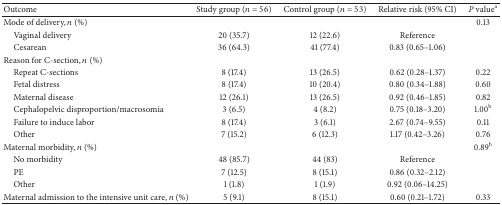
<table><thead><tr><td><b>Outcome</b></td><td><b> Study group (<i>n</i> = 56) </b></td><td><b>Control group (<i>n</i> = 53) </b></td><td><b>Relative risk (95% CI)</b></td><td><b><i>P</i> value<sup>a</sup></b></td></tr></thead><tbody><tr><td>Mode of delivery, <i>n</i> (%)</td><td> </td><td> </td><td> </td><td>0.13</td></tr><tr><td> Vaginal delivery</td><td>20 (35.7)</td><td>12 (22.6)</td><td>Reference</td><td> </td></tr><tr><td> Cesarean</td><td>36 (64.3)</td><td>41 (77.4)</td><td>0.83 (0.65–1.06)</td><td> </td></tr><tr><td>Reason for C-section, <i>n</i> (%)</td><td> </td><td> </td><td> </td><td> </td></tr><tr><td> Repeat C-sections</td><td>8 (17.4)</td><td>13 (26.5)</td><td>0.62 (0.28–1.37)</td><td>0.22</td></tr><tr><td> Fetal distress</td><td>8 (17.4)</td><td>10 (20.4)</td><td>0.80 (0.34–1.88)</td><td>0.60</td></tr><tr><td> Maternal disease</td><td>12 (26.1)</td><td>13 (26.5)</td><td>0.92 (0.46–1.85)</td><td>0.82</td></tr><tr><td> Cephalopelvic disproportion/macrosomia</td><td>3 (6.5)</td><td>4 (8.2)</td><td>0.75 (0.18–3.20)</td><td>1.00<sup>b</sup></td></tr><tr><td> Failure to induce labor</td><td>8 (17.4)</td><td>3 (6.1)</td><td>2.67 (0.74–9.55)</td><td>0.11</td></tr><tr><td> Other</td><td>7 (15.2)</td><td>6 (12.3)</td><td>1.17 (0.42–3.26)</td><td>0.76</td></tr><tr><td>Maternal morbidity, <i>n</i> (%)</td><td> </td><td> </td><td> </td><td>0.89<sup>b</sup></td></tr><tr><td> No morbidity</td><td>48 (85.7)</td><td>44 (83)</td><td>Reference</td><td> </td></tr><tr><td> PE </td><td>7 (12.5)</td><td>8 (15.1)</td><td>0.86 (0.32–2.12)</td><td> </td></tr><tr><td> Other</td><td>1 (1.8)</td><td>1 (1.9)</td><td>0.92 (0.06–14.25)</td><td> </td></tr><tr><td>Maternal admission to the intensive unit care, <i>n</i> (%)</td><td>5 (9.1)</td><td>8 (15.1)</td><td>0.60 (0.21–1.72)</td><td>0.33</td></tr></tbody></table>